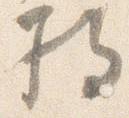
将